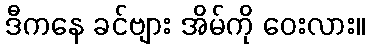
ဒီကနေ ခင်ဗျား အိမ်ကို ဝေးလား။